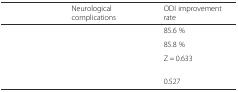
<table><thead><tr><td>[EMPTY_CELL]</td><td><b>Neurological complications</b></td><td><b>ODI improvement rate</b></td></tr></thead><tbody><tr><td>[EMPTY_CELL]</td><td>[EMPTY_CELL]</td><td>85.6 %</td></tr><tr><td>[EMPTY_CELL]</td><td>[EMPTY_CELL]</td><td>85.8 %</td></tr><tr><td>[EMPTY_CELL]</td><td>[EMPTY_CELL]</td><td>Z = 0.633</td></tr><tr><td>[EMPTY_CELL]</td><td>[EMPTY_CELL]</td><td>0.527</td></tr></tbody></table>